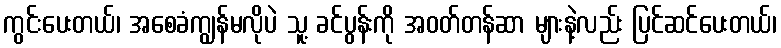
ကွင်းပေးတယ်၊ အစေခံကျွန်မလိုပဲ သူ့ ခင်ပွန်းကို အဝတ်တန်ဆာ များနဲ့လည်း ပြင်ဆင်ပေးတယ်၊